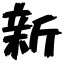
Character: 新